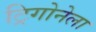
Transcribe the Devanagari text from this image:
ट्रिगोनेला